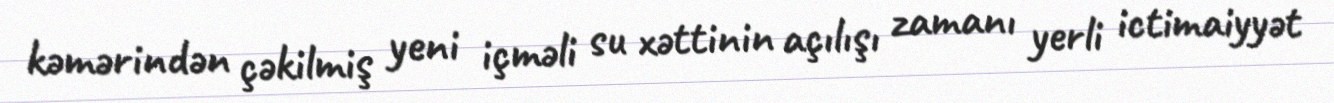
kəmərindən çəkilmiş yeni içməli su xəttinin açılışı zamanı yerli ictimaiyyət